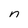
Character: n